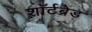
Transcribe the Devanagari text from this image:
शॉर्टब्रेड